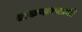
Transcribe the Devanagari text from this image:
अफगाण्यानी